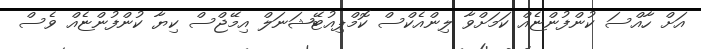
އަށް ހާއްސަ ކުންފުންޏެއް ކަމަށްވާ ލިންއެކްސް ކޮމްޕިއުޓޭޝަނަލް އިމޭޖްސް ކިޔާ ކުންފުންޏެއް ވެސް